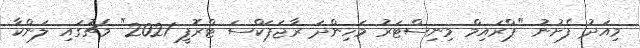
މިއަދު ފެށުނު "ޕްރައިމް މިނިސްޓަރު މަހިންދަ ރާޖަޕަކްސަ ޓްރޮފީ 2021" މެޗުގައި ލަންކާ